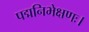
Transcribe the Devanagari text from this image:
पद्मनिभेक्षणः।